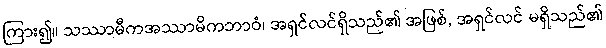
ကြား၍။ သဿာမီကအဿာမိကဘာဝံ၊ အရှင်လင်ရှိသည်၏ အဖြစ်, အရှင်လင် မရှိသည်၏